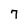
Character: 7